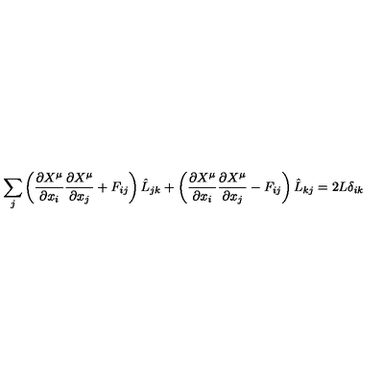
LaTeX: \sum _ { j } \left( \frac { \partial X ^ { \mu } } { \partial x _ { i } } \frac { \partial X ^ { \mu } } { \partial x _ { j } } + F _ { i j } \right) \hat { L } _ { j k } + \left( \frac { \partial X ^ { \mu } } { \partial x _ { i } } \frac { \partial X ^ { \mu } } { \partial x _ { j } } - F _ { i j } \right) \hat { L } _ { k j } = 2 L \delta _ { i k }